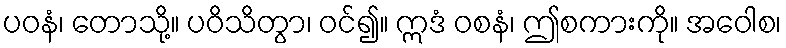
ပဝနံ၊ တောသို့။ ပဝိသိတွာ၊ ဝင်၍။ ဣဒံ ဝစနံ၊ ဤစကားကို။ အဝေါစ၊